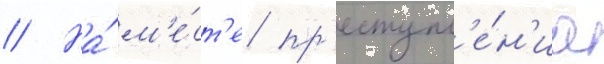
// На́ м'е́ст'е пр'еступл'е́н'иа